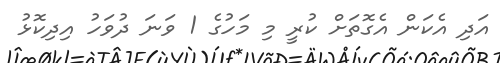
އަދި އެކަން އެގޮތަށް ކުރީ މި މަހުގެ 1 ވަނަ ދުވަހު އިދިކޮޅު